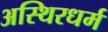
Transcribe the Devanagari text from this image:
अस्थिरधर्म